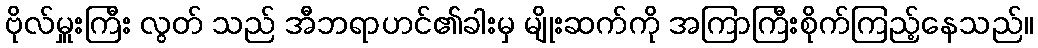
ဗိုလ်မှူးကြီး လွတ် သည် အီဘရာဟင်၏ခါးမှ မျိုးဆက်ကို အကြာကြီးစိုက်ကြည့်နေသည်။